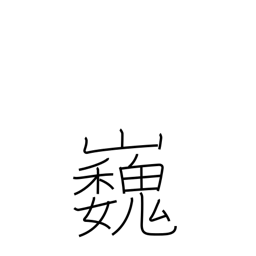
Meaning: high